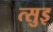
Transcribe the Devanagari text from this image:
त्सुइ